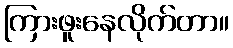
ကြားဖူးနေလိုက်တာ။